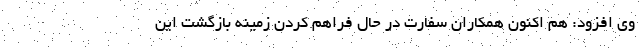
وی افزود: هم اکنون همکاران سفارت در حال فراهم کردن زمینه بازگشت این